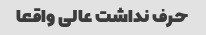
حرف نداشت عالی واقعا